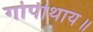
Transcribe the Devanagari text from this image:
गोपीथाय॥